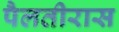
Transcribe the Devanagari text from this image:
पैलतीरास